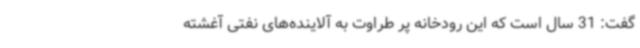
گفت: 31 سال است که این رودخانه پر طراوت به آلاینده‌های نفتی آغشته